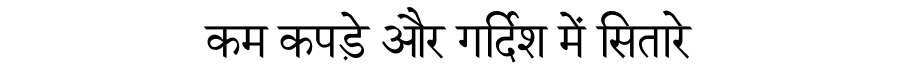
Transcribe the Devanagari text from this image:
कम कपड़े और गर्दिश में सितारे